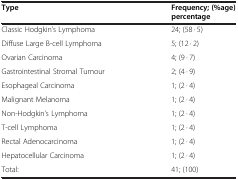
<table><thead><tr><td><b>Type</b></td><td><b>Frequency; (%age) percentage</b></td></tr></thead><tbody><tr><td>Classic Hodgkin’s Lymphoma</td><td>24; (58 · 5)</td></tr><tr><td>Diffuse Large B-cell Lymphoma</td><td>5; (12 · 2)</td></tr><tr><td>Ovarian Carcinoma</td><td>4; (9 · 7)</td></tr><tr><td>Gastrointestinal Stromal Tumour</td><td>2; (4 · 9)</td></tr><tr><td>Esophageal Carcinoma</td><td>1; (2 · 4)</td></tr><tr><td>Malignant Melanoma</td><td>1; (2 · 4)</td></tr><tr><td>Non-Hodgkin’s Lymphoma</td><td>1; (2 · 4)</td></tr><tr><td>T-cell Lymphoma</td><td>1; (2 · 4)</td></tr><tr><td>Rectal Adenocarcinoma</td><td>1; (2 · 4)</td></tr><tr><td>Hepatocellular Carcinoma</td><td>1; (2 · 4)</td></tr><tr><td>Total:</td><td>41; (100)</td></tr></tbody></table>